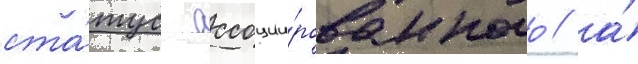
ста́тус ассоции́рованного / а́